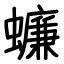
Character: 蠊